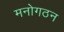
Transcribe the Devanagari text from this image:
मनोगठन